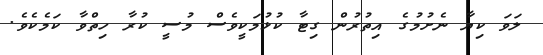
ލަވަ ކިޔާ ނެށުމުގެ އިތުރުން ގިޓާ ކުޅުމަކީވެސް މުސީ ކުރާ ހިތްވާ ކަމެކެވެ.